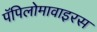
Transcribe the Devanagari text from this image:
पॅपिलोमावाइरस